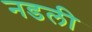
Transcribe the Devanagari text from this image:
नडली